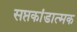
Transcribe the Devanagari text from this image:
सप्तकांडात्मक